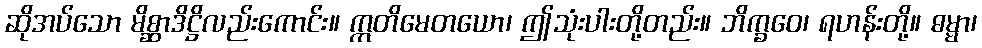
ဆိုအပ်သော မိစ္ဆာဒိဋ္ဌိလည်းကောင်း။ ဣတိမေတယော၊ ဤသုံးပါးတို့တည်း။ ဘိက္ခဝေ၊ ရဟန်းတို့။ ဓမ္မာ၊